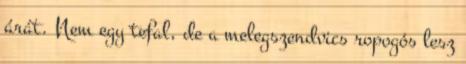
árát. Nem egy tefal, de a melegszendvics ropogós lesz